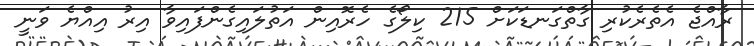
ރާއްޖެ އެތެރެކުރި ގާތްގަނޑަކަށް 215 ކިލޯގެ ހެރޮއިން އަތުލައިގެންފައިވާ އިރު އިއްޔެ ވަނީ